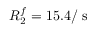
R _ { 2 } ^ { f } = 1 5 . 4 / \mathrm { ~ s ~ }